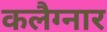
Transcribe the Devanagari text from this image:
कलैग्नार